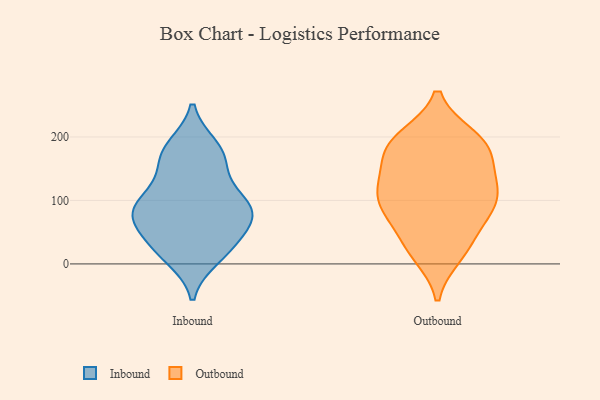
{"axis": {"x": "Active Users", "y": "Value"}, "legend": ["Inbound", "Outbound"], "data": [{"x": "", "y": 24, "type": "Inbound"}, {"x": "", "y": 184, "type": "Inbound"}, {"x": "", "y": 76, "type": "Inbound"}, {"x": "", "y": 170, "type": "Inbound"}, {"x": "", "y": 90, "type": "Inbound"}, {"x": "", "y": 80, "type": "Inbound"}, {"x": "", "y": 163, "type": "Inbound"}, {"x": "", "y": 11, "type": "Inbound"}, {"x": "", "y": 178, "type": "Inbound"}, {"x": "", "y": 27, "type": "Inbound"}, {"x": "", "y": 129, "type": "Inbound"}, {"x": "", "y": 97, "type": "Inbound"}, {"x": "", "y": 24, "type": "Inbound"}, {"x": "", "y": 69, "type": "Inbound"}, {"x": "", "y": 104, "type": "Inbound"}, {"x": "", "y": 69, "type": "Inbound"}, {"x": "", "y": 76, "type": "Inbound"}, {"x": "", "y": 194, "type": "Outbound"}, {"x": "", "y": 145, "type": "Outbound"}, {"x": "", "y": 115, "type": "Outbound"}, {"x": "", "y": 170, "type": "Outbound"}, {"x": "", "y": 169, "type": "Outbound"}, {"x": "", "y": 194, "type": "Outbound"}, {"x": "", "y": 25, "type": "Outbound"}, {"x": "", "y": 127, "type": "Outbound"}, {"x": "", "y": 88, "type": "Outbound"}, {"x": "", "y": 92, "type": "Outbound"}, {"x": "", "y": 191, "type": "Outbound"}, {"x": "", "y": 26, "type": "Outbound"}, {"x": "", "y": 65, "type": "Outbound"}, {"x": "", "y": 79, "type": "Outbound"}, {"x": "", "y": 111, "type": "Outbound"}, {"x": "", "y": 15, "type": "Outbound"}, {"x": "", "y": 111, "type": "Outbound"}, {"x": "", "y": 199, "type": "Outbound"}]}